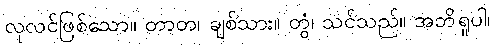
လုလင်ဖြစ်သော။ တာတ၊ ချစ်သား။ တွံ၊ သင်သည်။ အဘိရူပါ၊